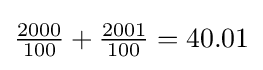
{\tfrac {2000}{100}}+{\tfrac {2001}{100}}=40.01